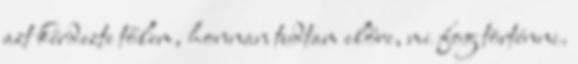
azt kérdezte tőlem, honnan tudtam előre, mi fog történni.